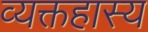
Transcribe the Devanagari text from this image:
व्यक्तहास्य